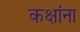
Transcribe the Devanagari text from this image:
कक्षांना